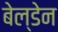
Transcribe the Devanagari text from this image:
बेल्डेन